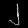
Digit: ၂